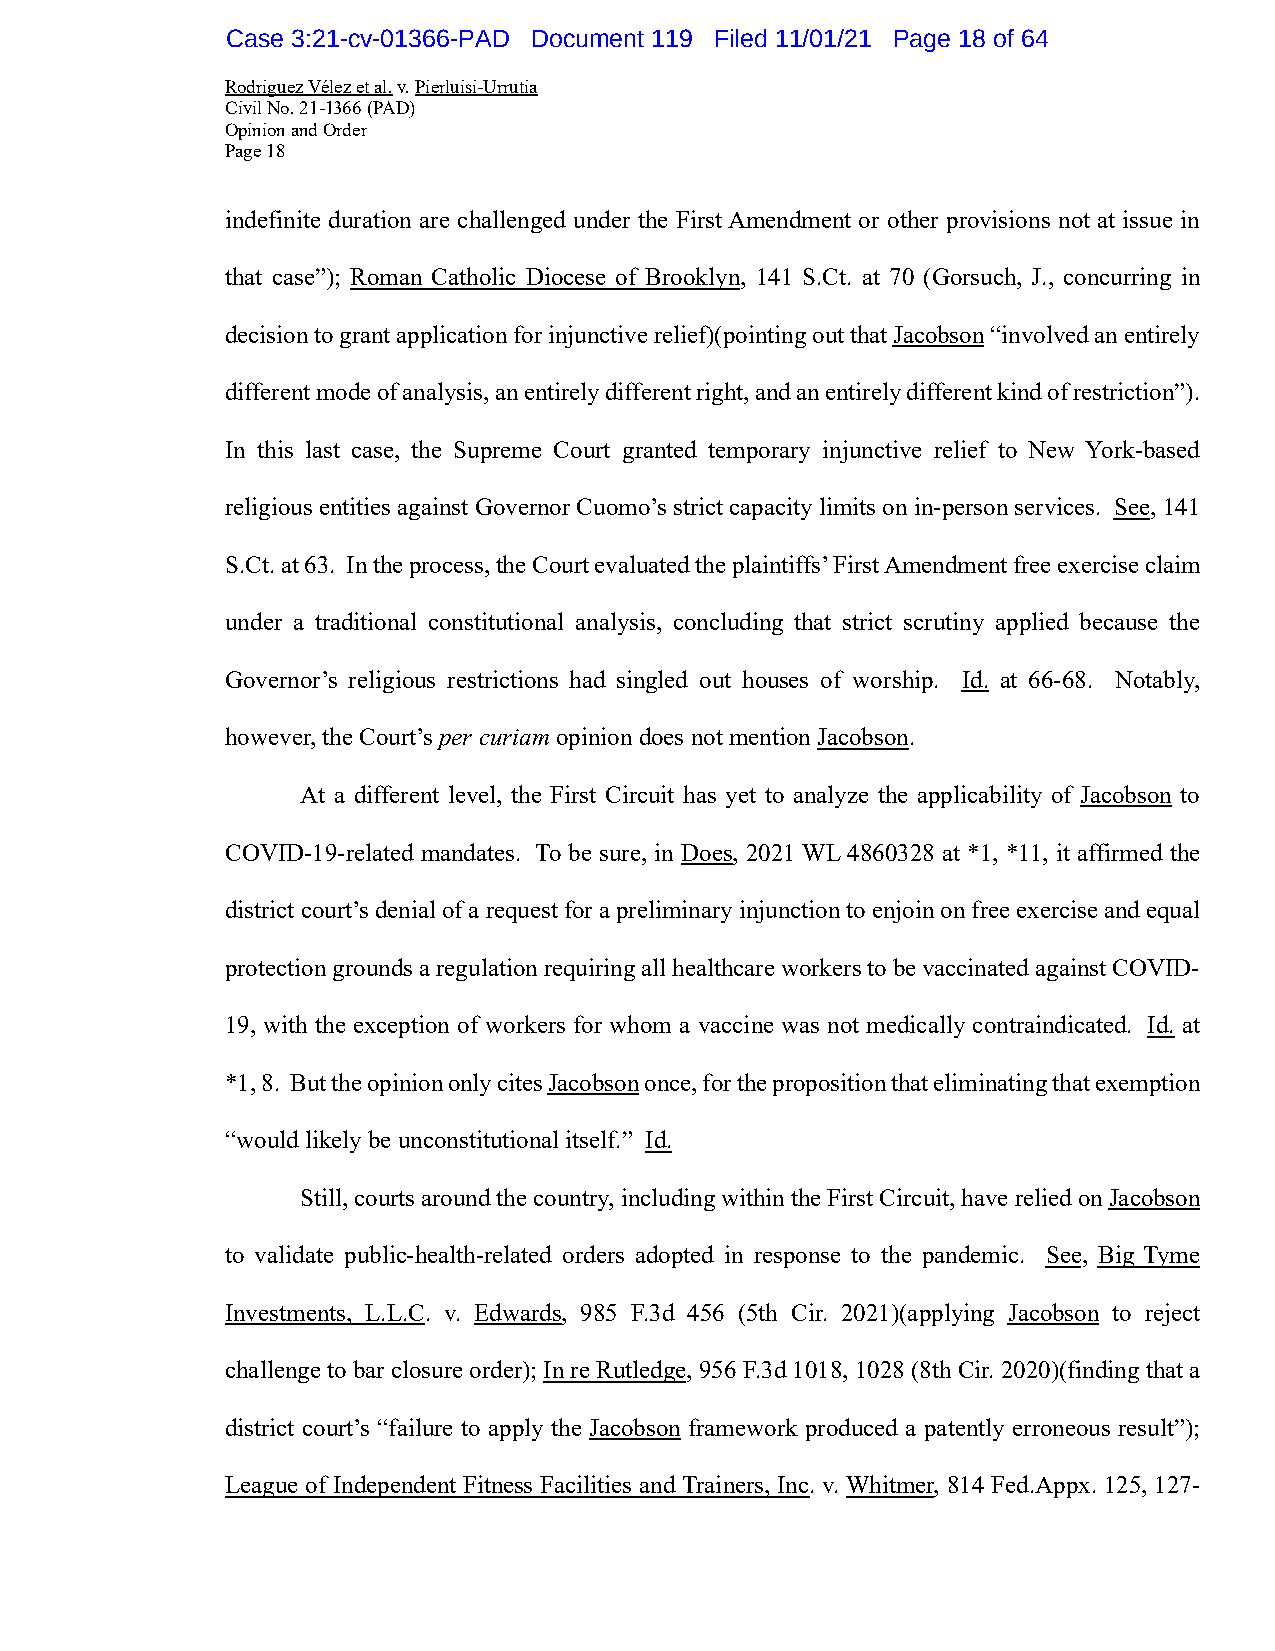
Case 3:21-cv-01366-PAD Document 119 Filed 11/01/21 Page 18 of 64
 Rodriguez Vélez et al. v. Pierluisi-Urrutia
 Civil No. 21-1366 (PAD)
 Opinion and Order
 Page 18
 indefinite duration are challenged under the First Amendment or other provisions not at issue in
 that case”); Roman Catholic Diocese of Brooklyn, 141 S.Ct. at 70 (Gorsuch, J., concurring in
 decision to grant application for injunctive relief)(pointing out that Jacobson “involved an entirely
 different mode of analysis, an entirely different right, and an entirely different kind of restriction”).
 In this last case, the Supreme Court granted temporary injunctive relief to New York-based
 religious entities against Governor Cuomo’s strict capacity limits on in-person services. See, 141
 S.Ct. at 63. In the process, the Court evaluated the plaintiffs’ First Amendment free exercise claim
 under a traditional constitutional analysis, concluding that strict scrutiny applied because the
 Governor’s religious restrictions had singled out houses of worship. Id. at 66-68. Notably,
 however, the Court’s per curiam opinion does not mention Jacobson.
 At a different level, the First Circuit has yet to analyze the applicability of Jacobson to
 COVID-19-related mandates. To be sure, in Does, 2021 WL 4860328 at *1, *11, it affirmed the
 district court’s denial of a request for a preliminary injunction to enjoin on free exercise and equal
 protection grounds a regulation requiring all healthcare workers to be vaccinated against COVID-
 19, with the exception of workers for whom a vaccine was not medically contraindicated. Id. at
 *1, 8. But the opinion only cites Jacobson once, for the proposition that eliminating that exemption
 “would likely be unconstitutional itself.” Id.
 Still, courts around the country, including within the First Circuit, have relied on Jacobson
 to validate public-health-related orders adopted in response to the pandemic. See, Big Tyme
 Investments, L.L.C. v. Edwards, 985 F.3d 456 (5th Cir. 2021)(applying Jacobson to reject
 challenge to bar closure order); In re Rutledge, 956 F.3d 1018, 1028 (8th Cir. 2020)(finding that a
 district court’s “failure to apply the Jacobson framework produced a patently erroneous result”);
 League of Independent Fitness Facilities and Trainers, Inc. v. Whitmer, 814 Fed.Appx. 125, 127-